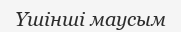
Үшінші маусым